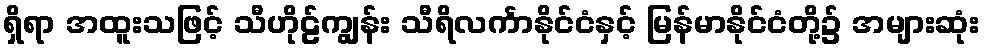
ရှိရာ အထူးသဖြင့် သီဟိုဠ်ကျွန်း သီရိလင်္ကာနိုင်ငံနှင့် မြန်မာနိုင်ငံတို့၌ အများဆုံး